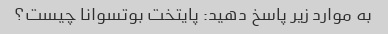
به موارد زیر پاسخ دهید: پایتخت بوتسوانا چیست؟